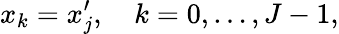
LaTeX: x_{k}=x_{j}^{\prime},\quad k=0,\dots,J-1,